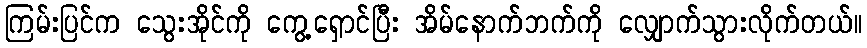
ကြမ်းပြင်က သွေးအိုင်ကို ကွေ့ရှောင်ပြီး အိမ်နောက်ဘက်ကို လျှောက်သွားလိုက်တယ်။